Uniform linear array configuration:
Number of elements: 48
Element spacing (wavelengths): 0.25
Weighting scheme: binomial
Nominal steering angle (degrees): -15
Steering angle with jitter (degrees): -13.929
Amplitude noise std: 0.05
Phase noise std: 0.05

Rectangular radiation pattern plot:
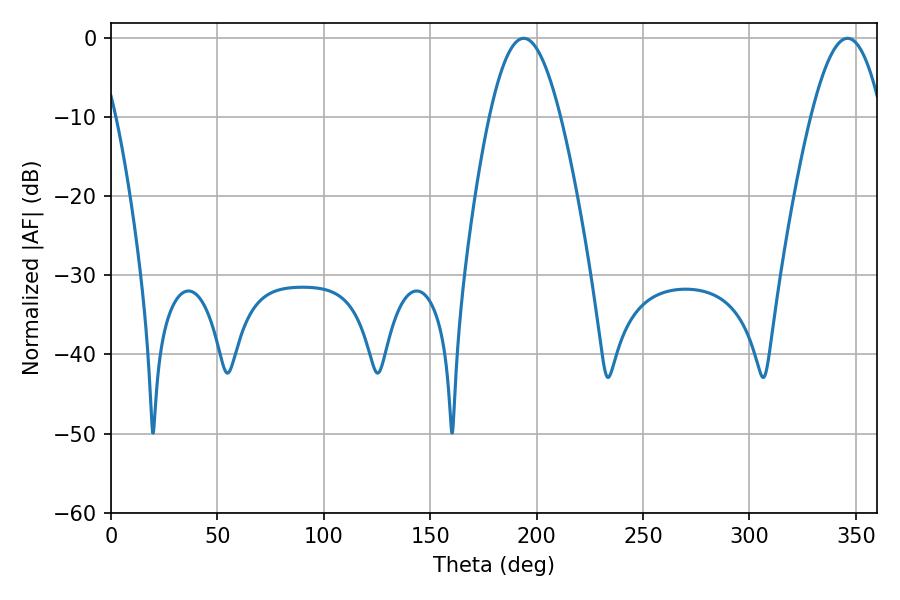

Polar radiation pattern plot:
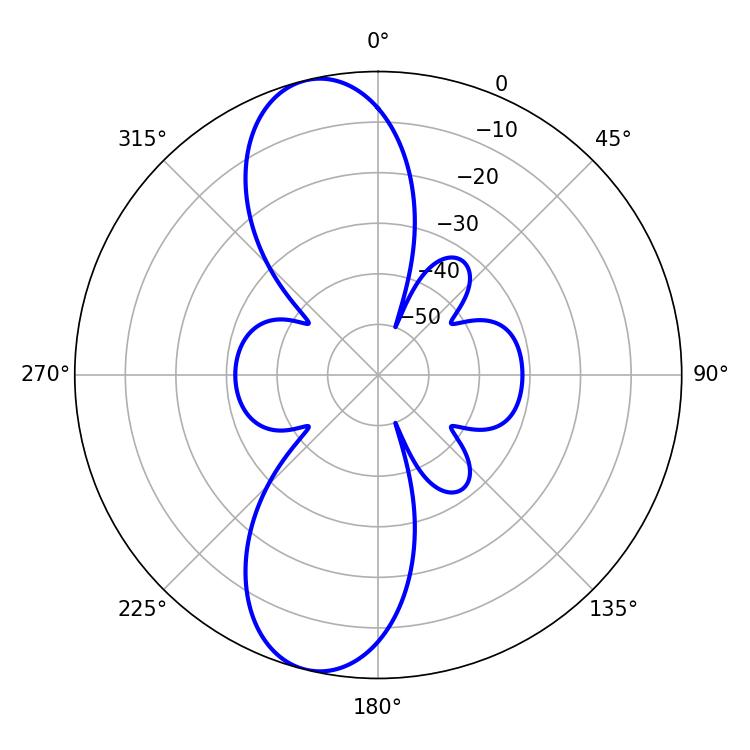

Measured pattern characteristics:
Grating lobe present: FALSE
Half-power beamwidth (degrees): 18.18
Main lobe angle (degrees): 193.86